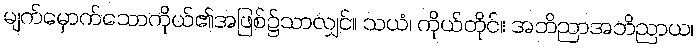
မျက်မှောက်သောကိုယ်၏အဖြစ်၌သာလျှင်။ သယံ၊ ကိုယ်တိုင်။ အဘိညာအဘိညာယ၊